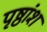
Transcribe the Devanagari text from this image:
पृष्ठांश